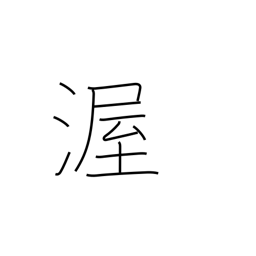
Meaning: kindness